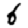
Digit: 6